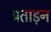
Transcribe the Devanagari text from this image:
प्रताड़न